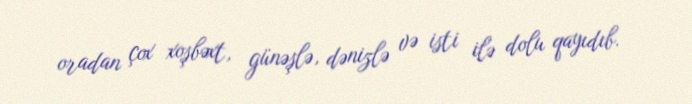
oradan çox xoşbəxt, günəşlə, dənizlə və isti ilə dolu qayıdıb.